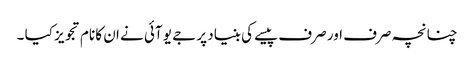
چنانچہ صرف اور صرف پیسے کی بنیاد پر جے یو آئی نے ان کا نام تجویز کیا ۔